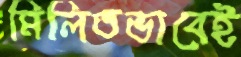
মিলিতভাবেই